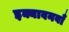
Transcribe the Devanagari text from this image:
इक्यावनवाँ